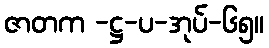
ဇာတက -ဋ္ဌ-ပ-အုပ်-၆၅။